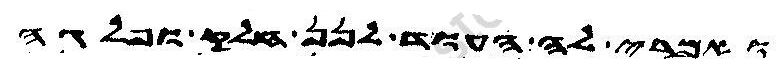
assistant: ואמרי לה העוד לנן חלק ופלגה